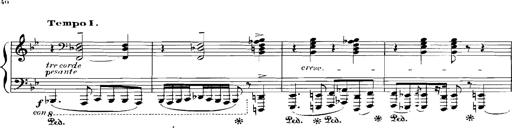
Title: Rhapsodies hongroises
Composer: Franz Liszt